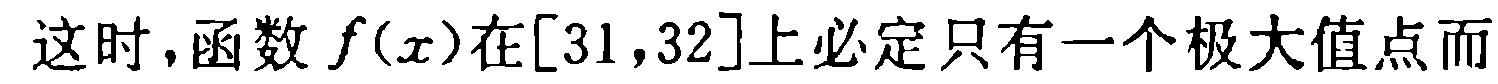
这时，函数 \(f(x)\)在\([31,32]\)上必定只有一个极大值点而